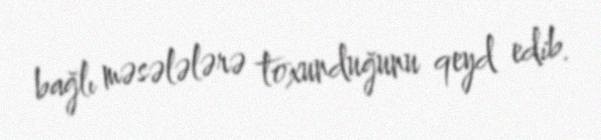
bağlı məsələlərə toxunduğunu qeyd edib.